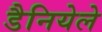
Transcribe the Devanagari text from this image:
डैनियेले